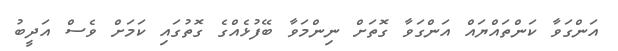
އަންގަވާ ކަންތައްޔައް އަންގަވާ ގޮތަށް ނިންމަވާ ބޭފުޅެއްގެ ގޮތުގައި ކަމަށް ވެސް އަދީބު